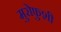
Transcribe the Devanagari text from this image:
मुरोफुशी